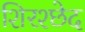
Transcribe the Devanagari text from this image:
शिरश्छेद